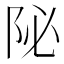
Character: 𨸼